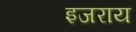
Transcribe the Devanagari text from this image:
इजराय